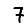
Digit: 7